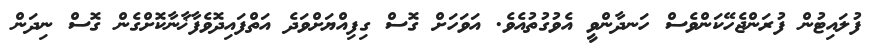
ފުލައިޓުން ފުރަންޖެހޭކަންވެސް ހަނދާންވީ އެވުގުތުއެވެ. އަވަހަށް ގޮސް ގިފިއްޔަށްވަދެ އަތްފައިދޮވެފާޚާނާކޮށްގެން ގޮސް ނިދަން